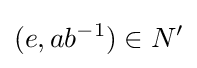
(e,ab^{-1})\in N'